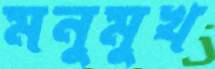
মনুমুখ